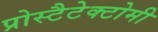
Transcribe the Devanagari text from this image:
प्रोस्टैटेक्टोमी